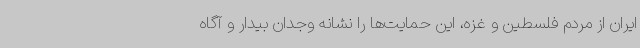
ایران از مردم فلسطین و غزه، این حمایت‌ها را نشانه وجدان بیدار و آگاه